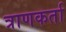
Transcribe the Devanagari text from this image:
त्राणकर्ता